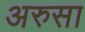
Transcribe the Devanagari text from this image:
अरुसा